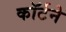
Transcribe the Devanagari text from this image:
कॉर्टने